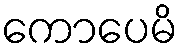
ကောပေမိ